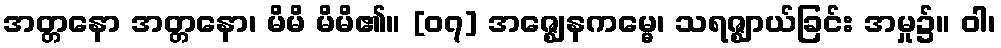
အတ္တနော အတ္တနော၊ မိမိ မိမိ၏။ [၀၇] အဇ္ဈေနကမ္မေ၊ သရဇ္ဈာယ်ခြင်း အမှု၌။ ဝါ၊